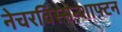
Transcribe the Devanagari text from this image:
नेचरविस्सेन्शाफ्टन